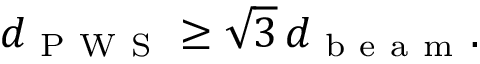
d _ { \mathrm { ~ P ~ W ~ S ~ } } \geq \sqrt { 3 } \, d _ { \mathrm { ~ b ~ e ~ a ~ m ~ } } .